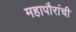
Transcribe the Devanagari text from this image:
महापौरांची